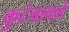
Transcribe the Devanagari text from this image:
कुटंबाकडे